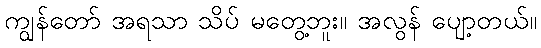
ကျွန်တော် အရသာ သိပ် မတွေ့ဘူး။ အလွန် ပျော့တယ်။